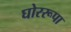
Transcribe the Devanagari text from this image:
घोररूपा